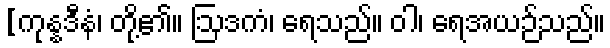
[ကုန္နဒီနံ၊ တို့၏။ ဩဒကံ၊ ရေသည်။ ဝါ၊ ရေအယဉ်သည်။